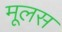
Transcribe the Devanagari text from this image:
मूलस